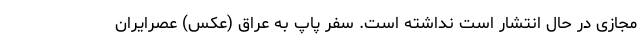
مجازی در حال انتشار است نداشته است. سفر پاپ به عراق (عکس) عصرایران